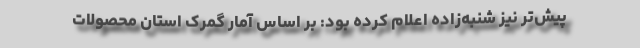
پیش‌تر نیز شنبه‌زاده اعلام کرده بود: بر اساس آمار گمرک استان محصولات